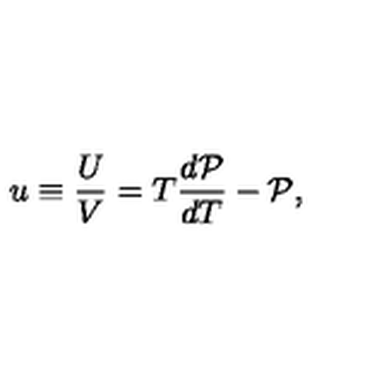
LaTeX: u \equiv \frac { U } { V } = T \frac { d { \cal P } } { d T } - { \cal P } ,